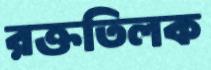
রক্ততিলক